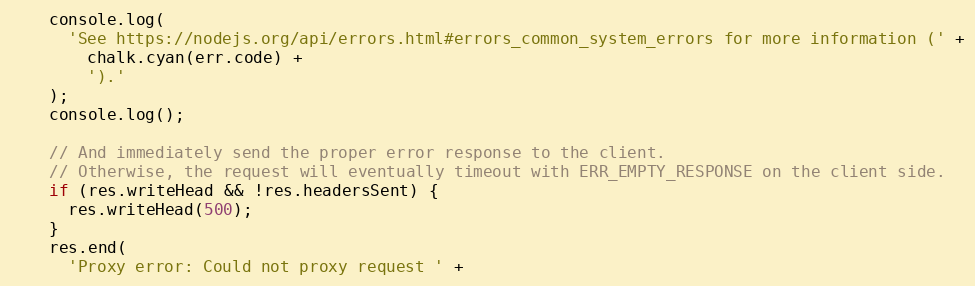
Language: JavaScript
    console.log(
      'See https://nodejs.org/api/errors.html#errors_common_system_errors for more information (' +
        chalk.cyan(err.code) +
        ').'
    );
    console.log();

    // And immediately send the proper error response to the client.
    // Otherwise, the request will eventually timeout with ERR_EMPTY_RESPONSE on the client side.
    if (res.writeHead && !res.headersSent) {
      res.writeHead(500);
    }
    res.end(
      'Proxy error: Could not proxy request ' +